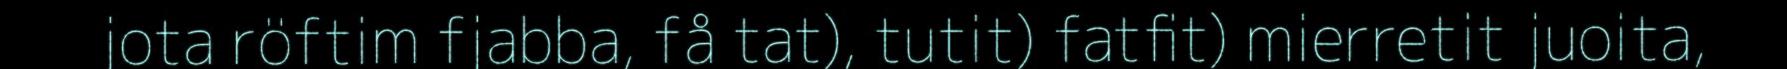
jota röftim fjabba, få tat), tutit) fatfit) mierretit juoita,